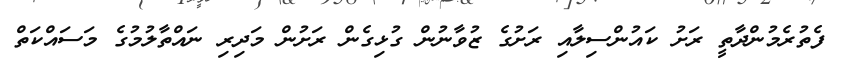
ފެތުރެމުންދާތީ ރަށު ކައުންސިލާއި ރަށުގެ ޒުވާނުން ގުޅިގެން ރަށުން މަދިރި ނައްތާލުމުގެ މަސައްކަތް